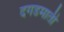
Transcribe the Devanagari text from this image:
दगडमाती